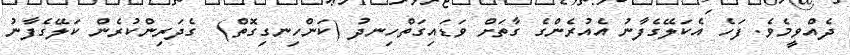
ދެއްވީމެވެ. ފަހެ އެކަލޭގެފާނު އެއުރެންގެ ގާތަށް ވަޑައިގަތްހިނދު (ކަންހިނގިގޮތް)  ގެދަރިންކުރެން ކަލޭގެފާނު